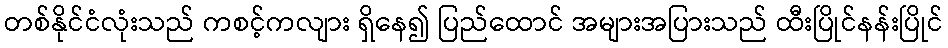
တစ်နိုင်ငံလုံးသည် ကစင့်ကလျား ရှိနေ၍ ပြည်ထောင် အများအပြားသည် ထီးပြိုင်နန်းပြိုင်